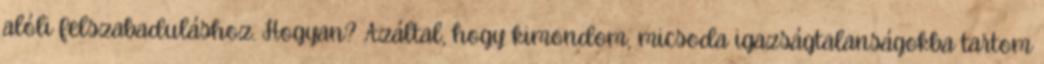
alóli felszabaduláshoz. Hogyan? Azáltal, hogy kimondom, micsoda igazságtalanságokba tartom